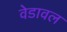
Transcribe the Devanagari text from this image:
वेडावल